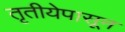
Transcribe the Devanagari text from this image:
तृतीयेपासून